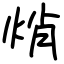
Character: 焇